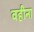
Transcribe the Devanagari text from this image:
वहीना